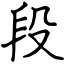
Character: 段